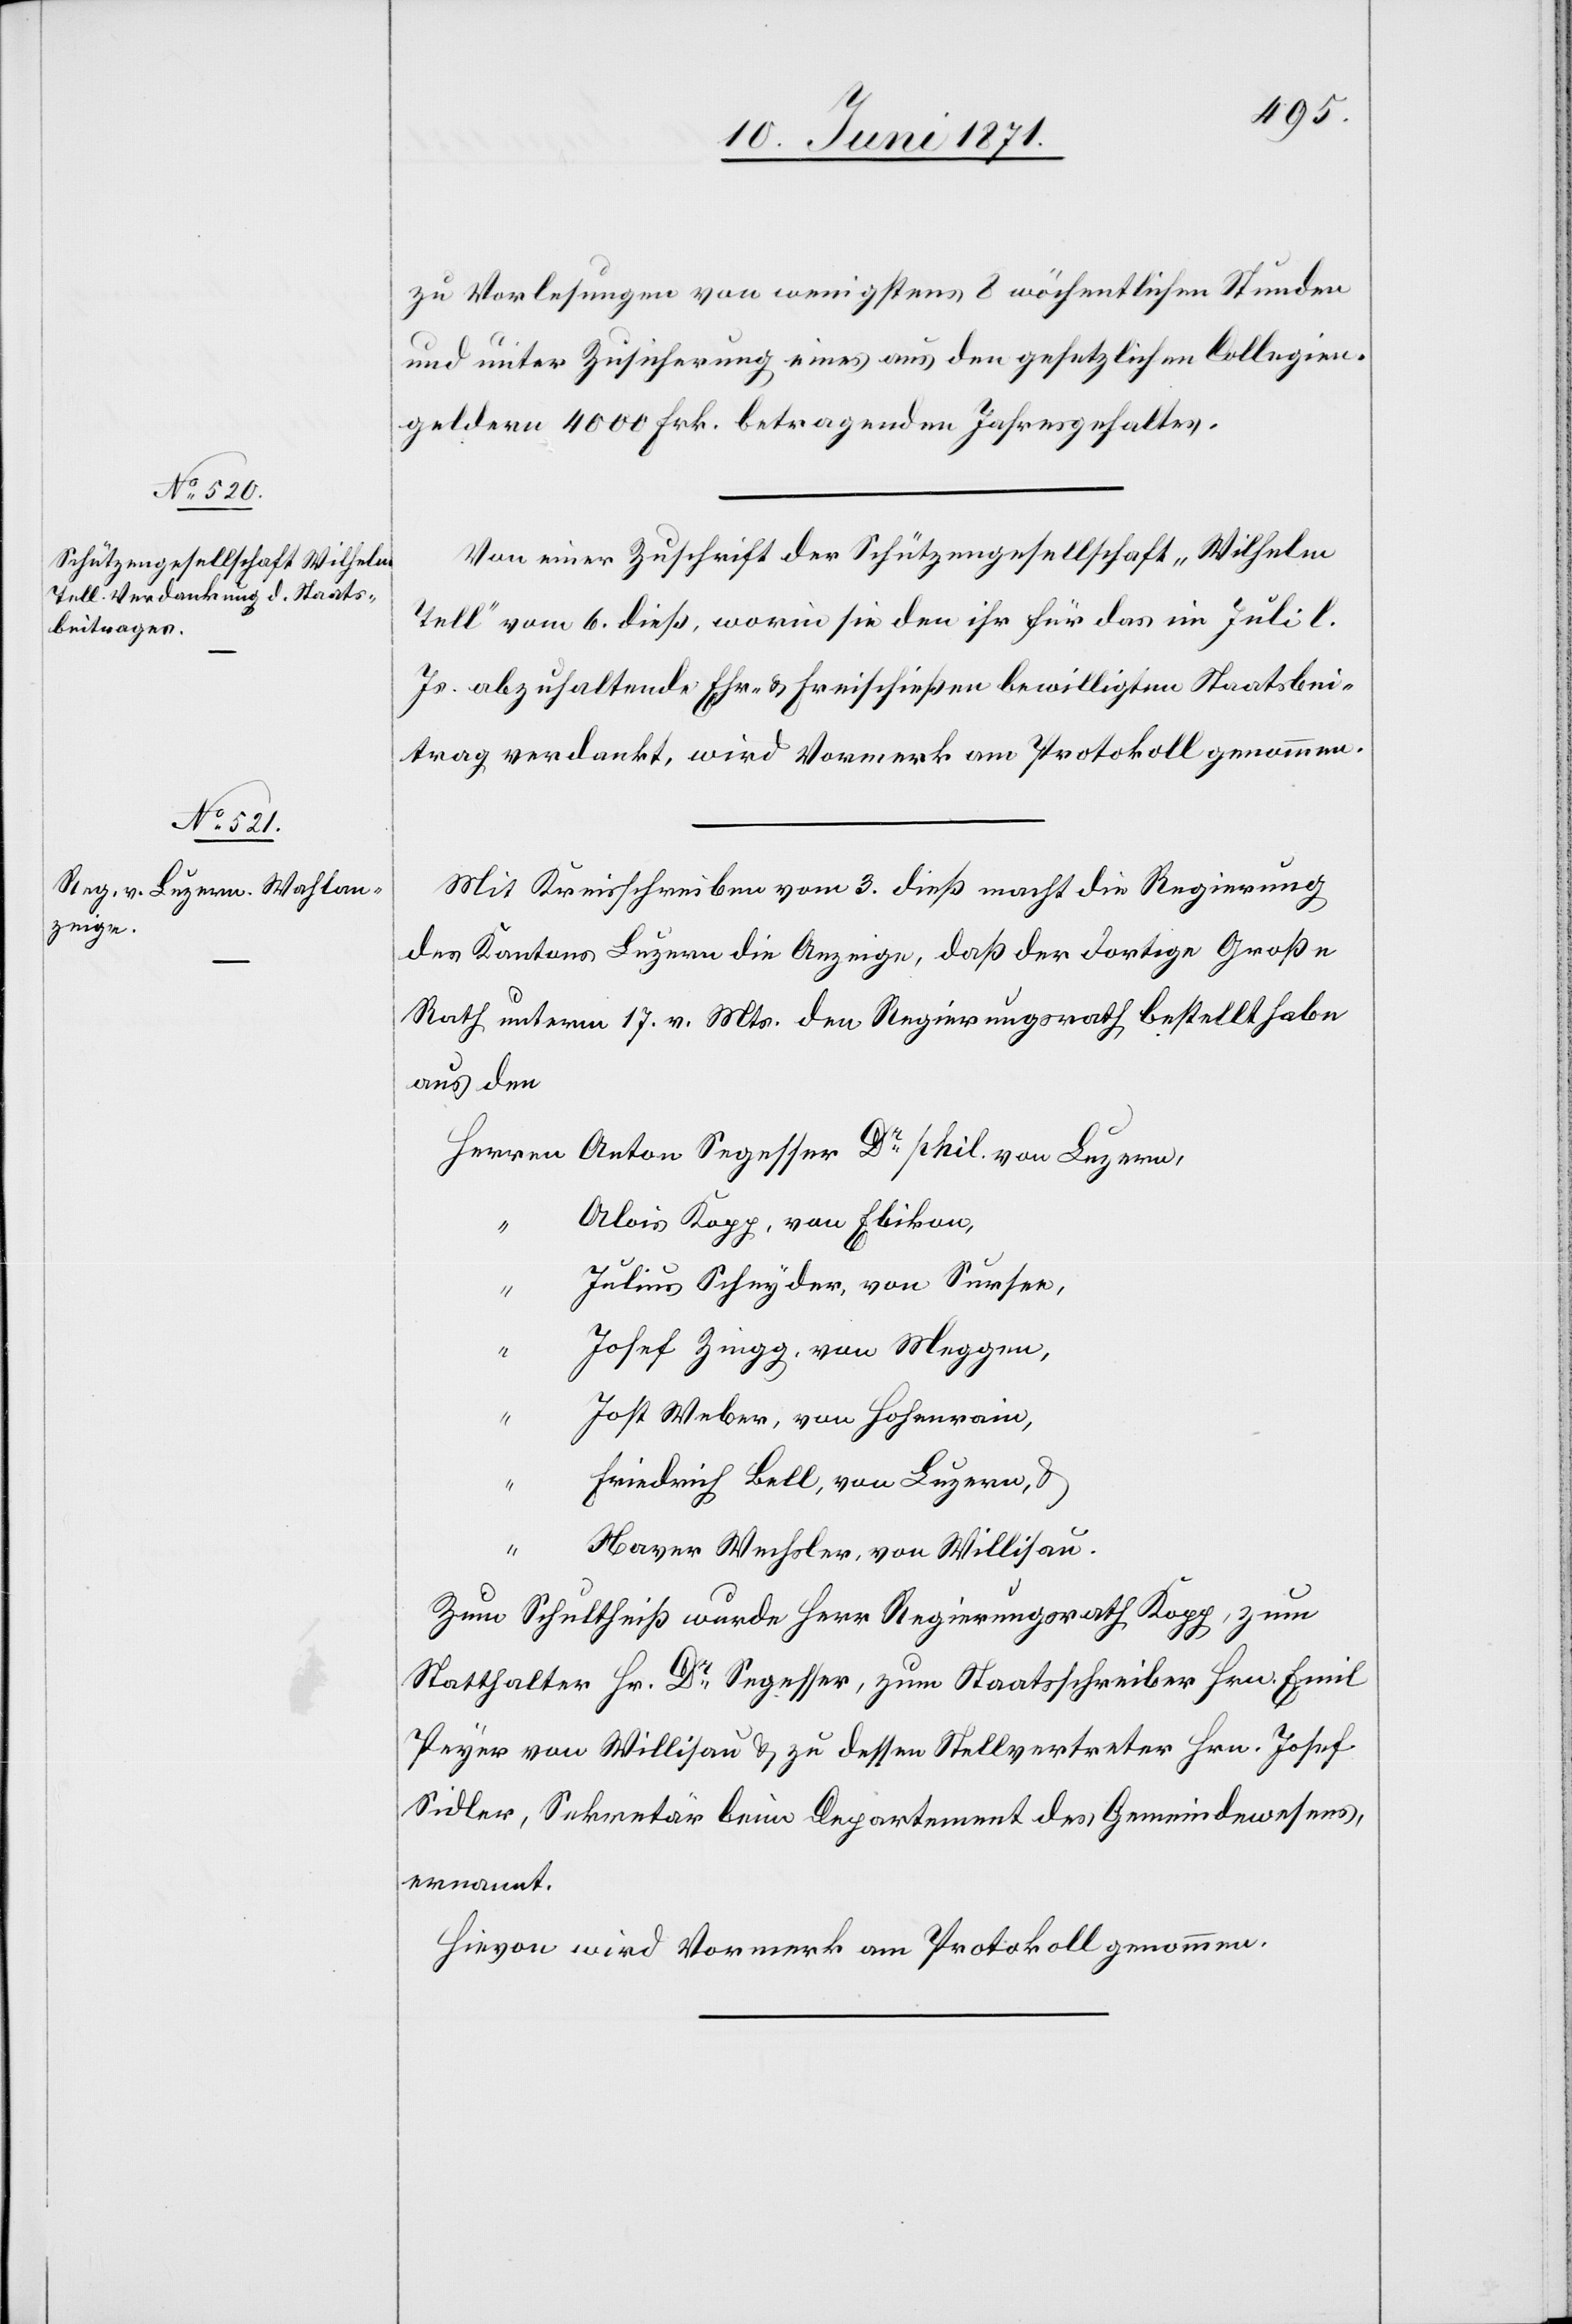
zu Vorlesungen von wenigstens 8 wöchentlichen Stunden
und unter Zusicherung eines aus den gesetzlichen Collegien¬
geldern 4000 Frk. betragenden Jahresgehaltes.
Von einer Zuschrift der Schützengesellschaft „Wilhelm
Tell“ vom 6. dieß, worin sie den ihr für das im Juli l.
Js. abzuhaltende Ehr- u. Freischießen bewilligten Staatsbei¬
trag verdankt, wird Vormerk am Protokoll genommen.
Mit Kreisschreiben vom 3. dieß macht die Regierung
des Kantons Luzern die Anzeige, daß der dortige Große
Rath unterm 17. v. Mts. den Regierungsrath bestellt habe
aus den
Alois Kopp, von Ebikon,
Dr.
Josef Zingg, von Meggen,
“
Jost Weber, von Hohenrain,
Friedrich Bell, von Luzern, u.
Xaver Wechsler, von Willisau.
Zum Schultheiß wurde Herr Regierungsrath Kopp, zum
Statthalter Hr. Dr. Segesser, zum Staatsschreiber Hrn. Emil
Peyer von Willisau u. zu dessen Stellvertreter Hrn. Josef
Sidler, Sekretär beim Departement des Gemeindewesens,
ernannt.
Hievon wird Vormerk am Protokoll genommen.